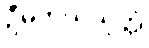
ဦမိဘယသုတ္တံ